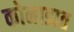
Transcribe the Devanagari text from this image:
कोनाडात